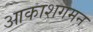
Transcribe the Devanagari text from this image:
आकाशगमन